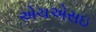
એચએસઇ